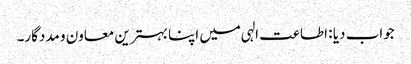
جواب دیا : اطاعت الہی میں اپنا بہترین معاون و مددگار۔